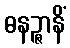
ဓနဉ္ဇာနိံ